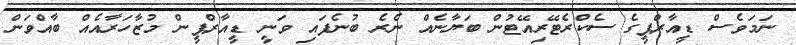
ނަމަވެސް ޑީއާރްޕީގެ ސެކްރެޓޭރިއޭޓުން ބަޔާނެއް ނެރެ ބުނެފައި ވަނީ ޑީއާރްޕީން މުޒާހަރާއެއް ބާއްވަން